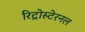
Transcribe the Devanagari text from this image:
रिट्रोस्टेरनल